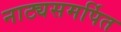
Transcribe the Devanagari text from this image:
नाट्यसमर्पित